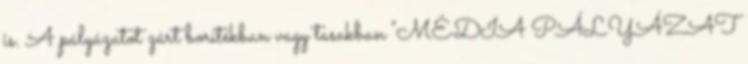
is. A pályázatot zárt borítékban vagy tasakban "MÉDIA PÁLYÁZAT